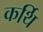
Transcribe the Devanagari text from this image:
कर्थि